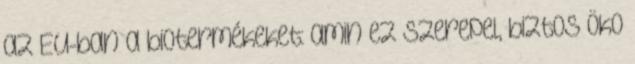
az EU-ban a biotermékeket: amin ez szerepel, biztos öko